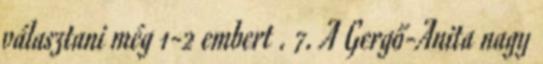
választani még 1-2 embert . 7. A Gergő-Anita nagy